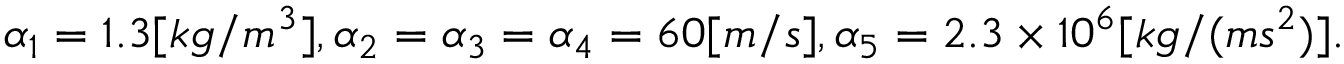
\begin{array} { r } { \alpha _ { 1 } = 1 . 3 [ k g / m ^ { 3 } ] , \alpha _ { 2 } = \alpha _ { 3 } = \alpha _ { 4 } = 6 0 [ m / s ] , \alpha _ { 5 } = 2 . 3 \times 1 0 ^ { 6 } [ k g / ( m s ^ { 2 } ) ] . } \end{array}